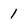
Character: 1